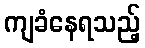
ကျခံနေရသည့်